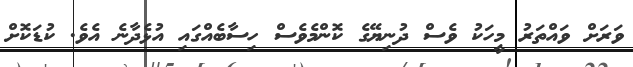
ވަރަށް ވައްތަރު މީހަކު ވެސް ދުނިޔޭގެ ކޮންމެވެސް ހިސާބެއްގައި އުޅެދާނެ އެވެ. ކުޑަކޮށް